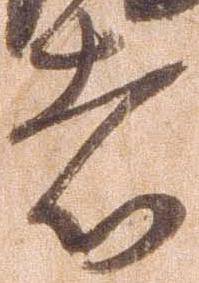
者